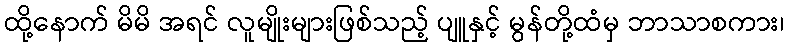
ထို့နောက် မိမိ အရင် လူမျိုးများဖြစ်သည့် ပျူနှင့် မွန်တို့ထံမှ ဘာသာစကား၊